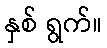
နှစ် ရွက်။